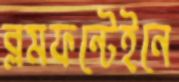
ব্লমফন্টেইনে